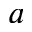
a